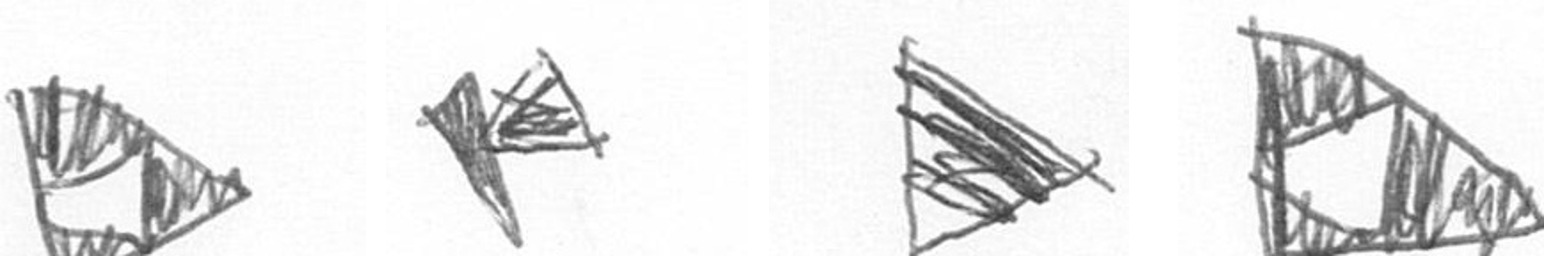
K F T K